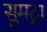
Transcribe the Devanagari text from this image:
सुमद्रा